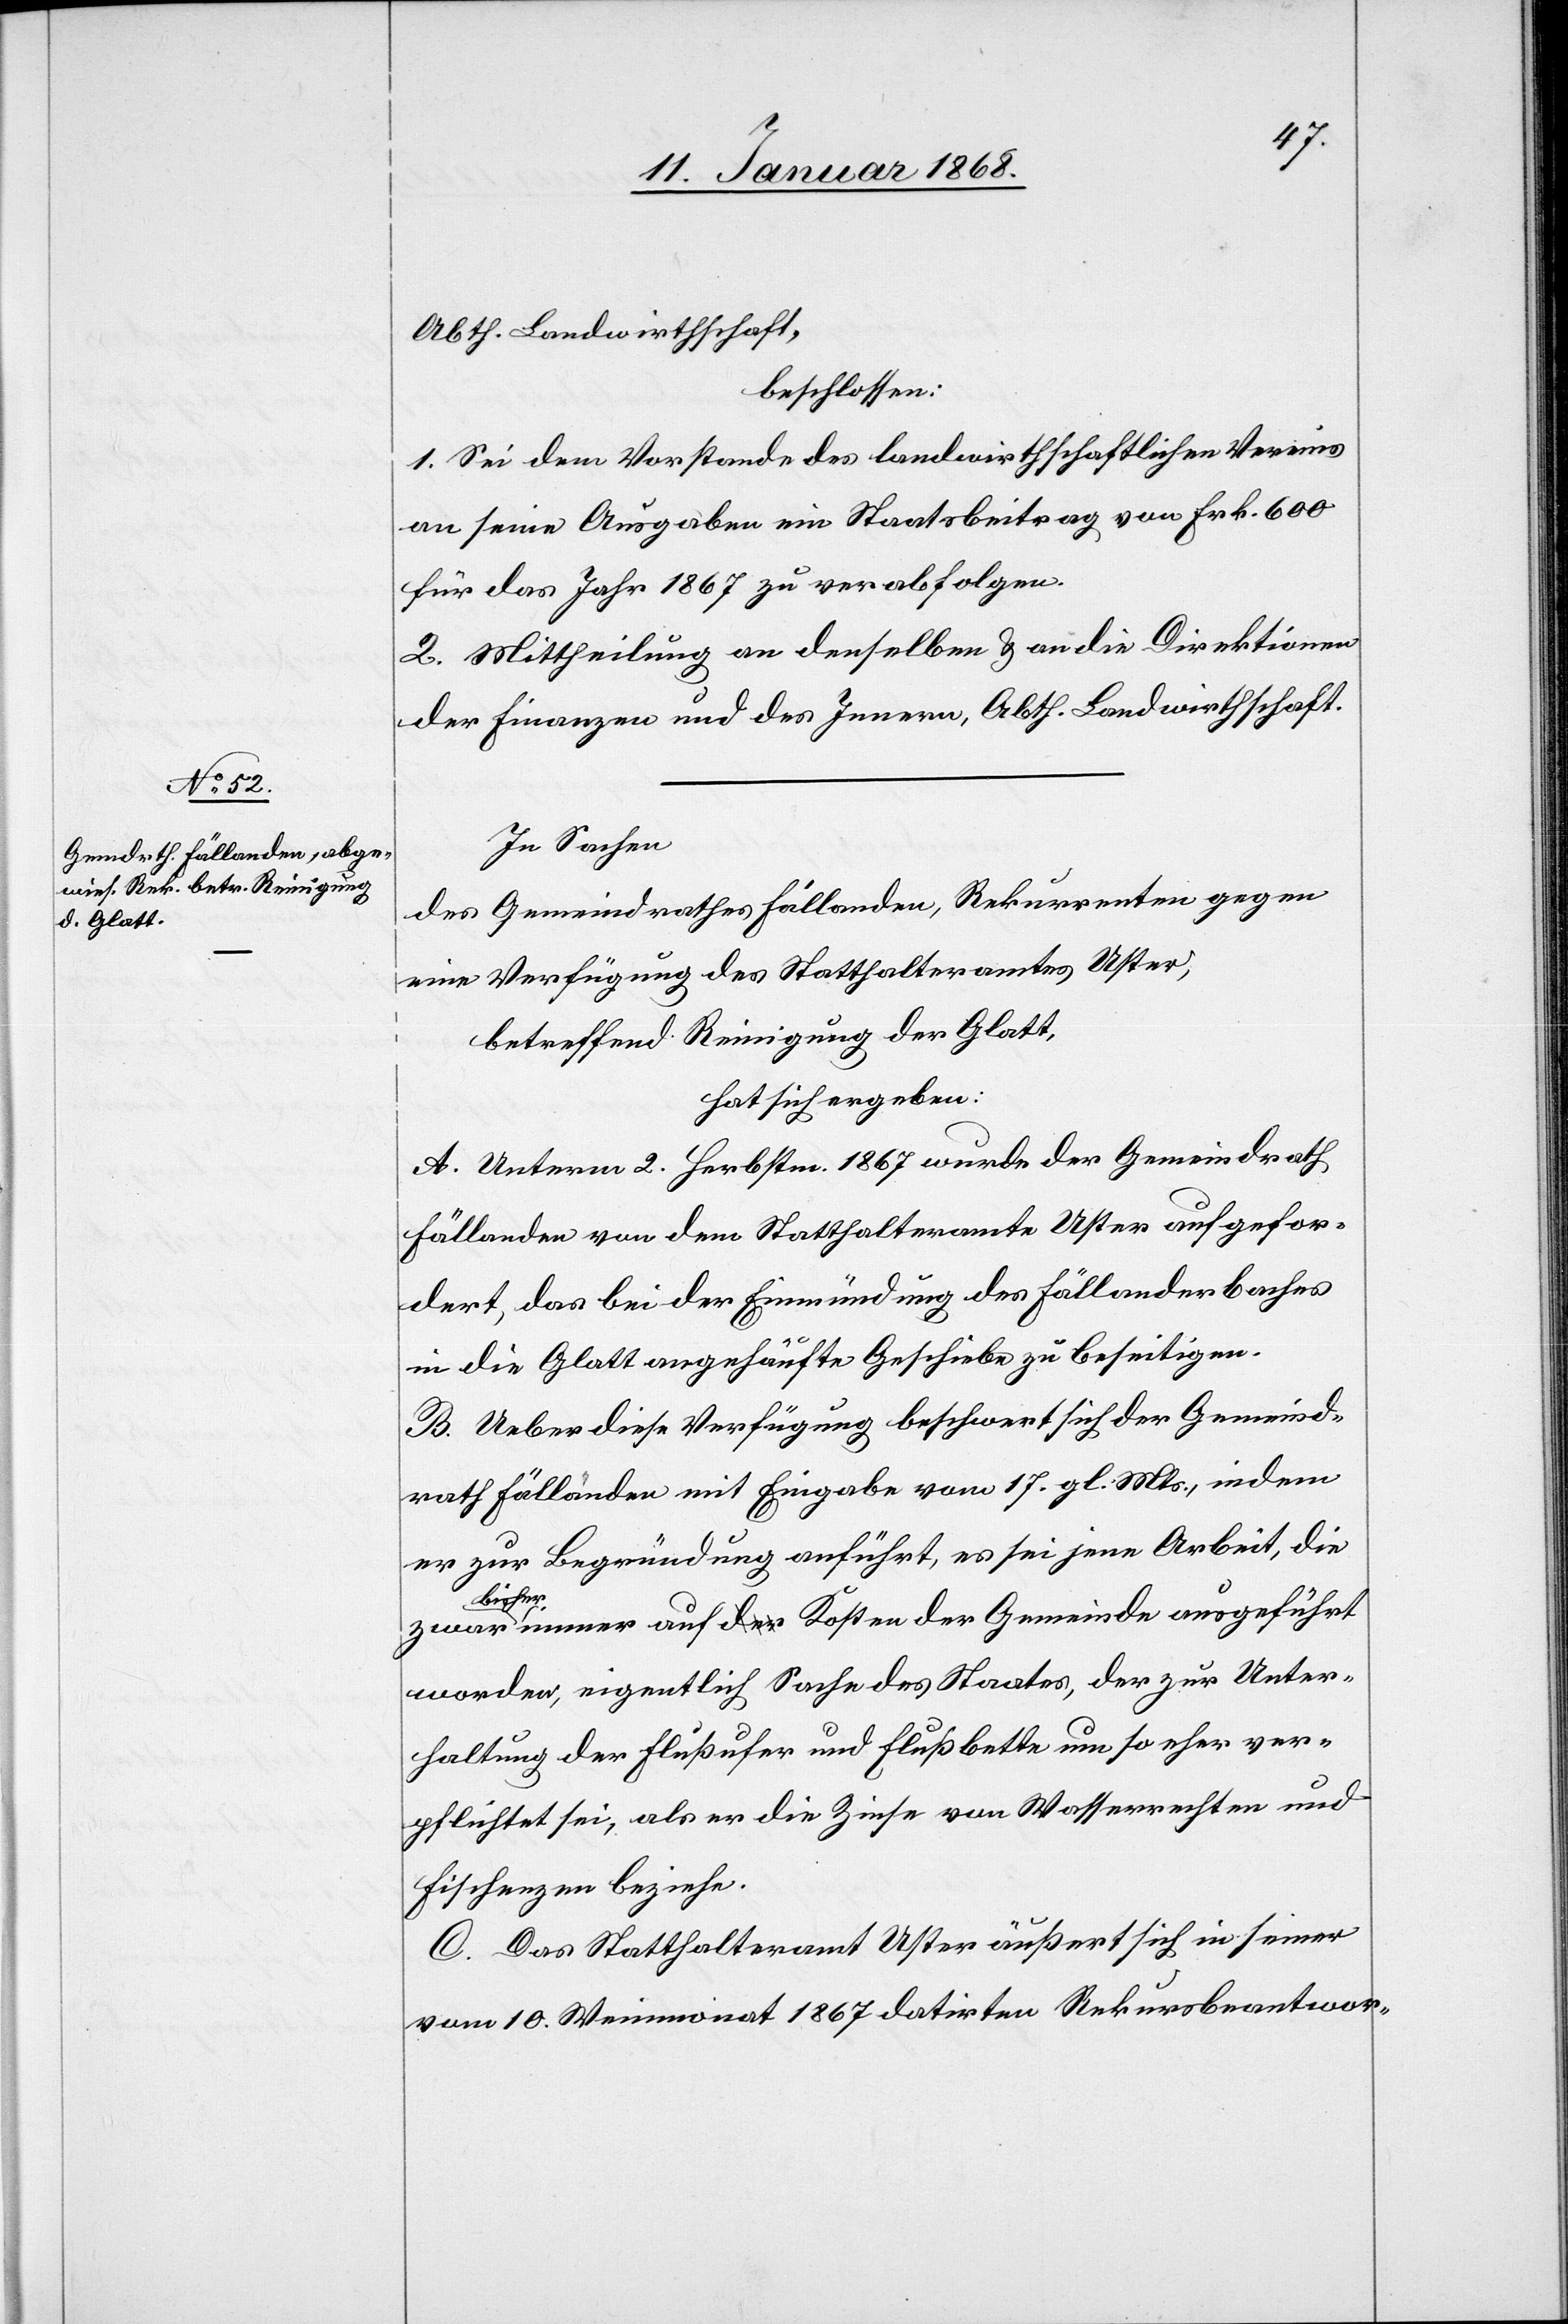
Abth. Landwirthschaft,
beschlossen:
1. Sei dem Vorstande des landwirthschaftlichen Vereins
an seine Ausgaben ein Staatsbeitrag von Frk. 600
für das Jahr 1867 zu verabfolgen.
2. Mittheilung an denselben & an die Direktionen
der Finanzen und des Innern, Abth. Landwirthschaft.
In Sachen
des Gemeindrathes Fällanden, Rekurrenten gegen
eine Verfügung des Statthalteramtes Uster,
betreffend Reinigung der Glatt,
hat sich ergeben:
A. Unterm 2. Herbstm. 1867 wurde der Gemeindrath
Fällanden von dem Statthalteramte Uster aufgefor¬
dert, das bei der Einmündung des Fällanderbaches
in die Glatt angehäufte Geschiebe zu beseitigen.
B. Ueber diese Verfügung beschwert sich der Gemeind¬
rath Fällanden mit Eingabe vom 17. gl. Mts., indem
er zur Begründung anführt, es sei jene Arbeit, die
bishe¬
r immer auf Kosten der Gemeinde ausgeführt
worden, eigentlich Sache des Staates, der zur Unter¬
haltung der Flußufer und Flußbette um so eher ver¬
pflichtet sei, als er die Zinse von Wasserrechten und
Fischenzen beziehe.
C. Das Statthalteramt Uster äußert sich in seiner
vom 10. Weinmonat 1867 datirten Rekursbeantwor-